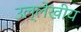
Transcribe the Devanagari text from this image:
उल्लेखीय